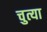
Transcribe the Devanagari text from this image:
चुत्या